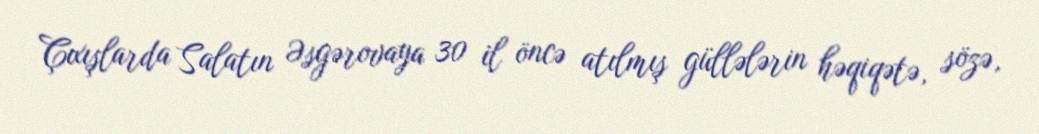
Çıxışlarda Salatın Əsgərovaya 30 il öncə atılmış güllələrin həqiqətə, sözə,